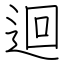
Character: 迴